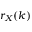
r _ { X } ( k )